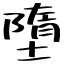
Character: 墮